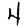
Digit: 4